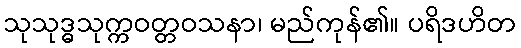
သုသုဒ္ဓသုက္ကဝတ္တဝသနာ၊ မည်ကုန်၏။ ပရိဒဟိတ